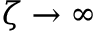
\zeta \rightarrow \infty